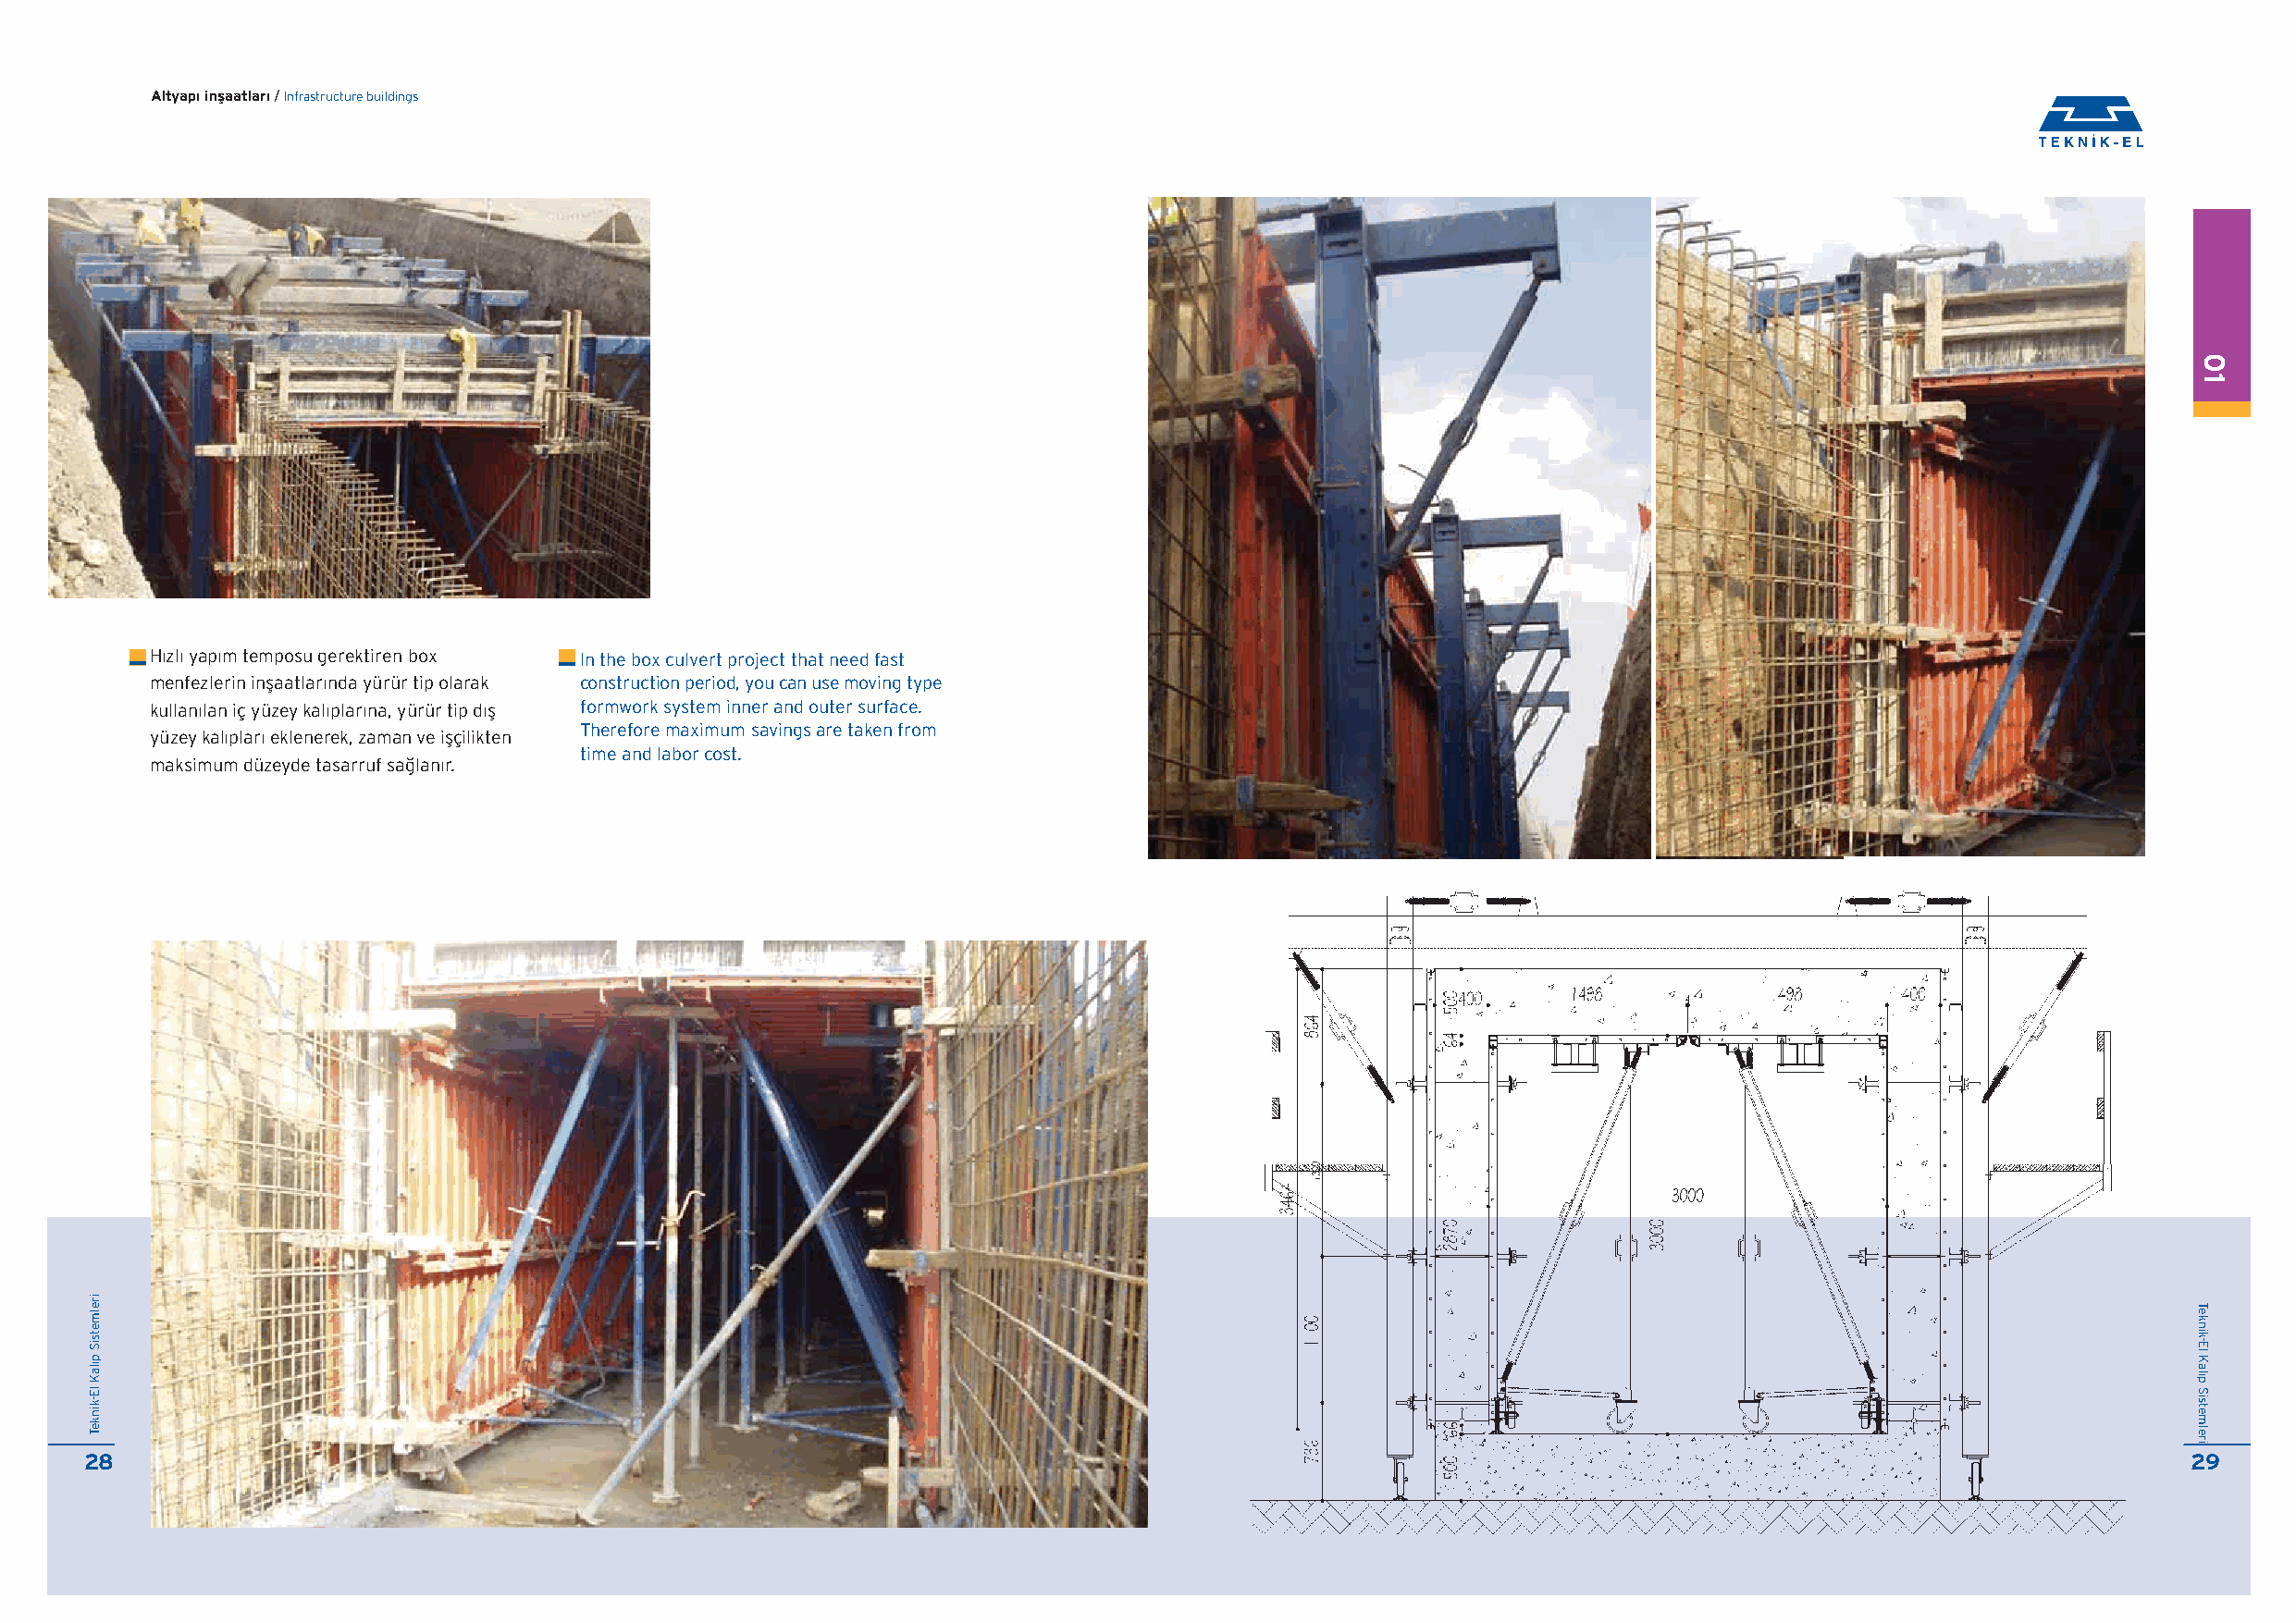
Altyap› inflaatlar› / Infrastructure buildings
 H›zl› yap›m temposu gerektiren box In the box culvert project that need fast
 menfezlerin inflaatlar›nda yürür tip olarak construction period, you can use moving type
 kullan›lan iç yüzey kal›plar›na, yürür tip d›fl formwork system inner and outer surface.
 Therefore maximum savings are taken from
 yüzey kal›plar› eklenerek, zaman ve iflçilikten
 time and labor cost.
 maksimum düzeyde tasarruf sa¤lan›r.
 28                                                                                                                                                     29
 irelmetsiS
 p›laK
 lE-kinkeT
 01
 Teknik-El
 Kal›p
 Sistemleri